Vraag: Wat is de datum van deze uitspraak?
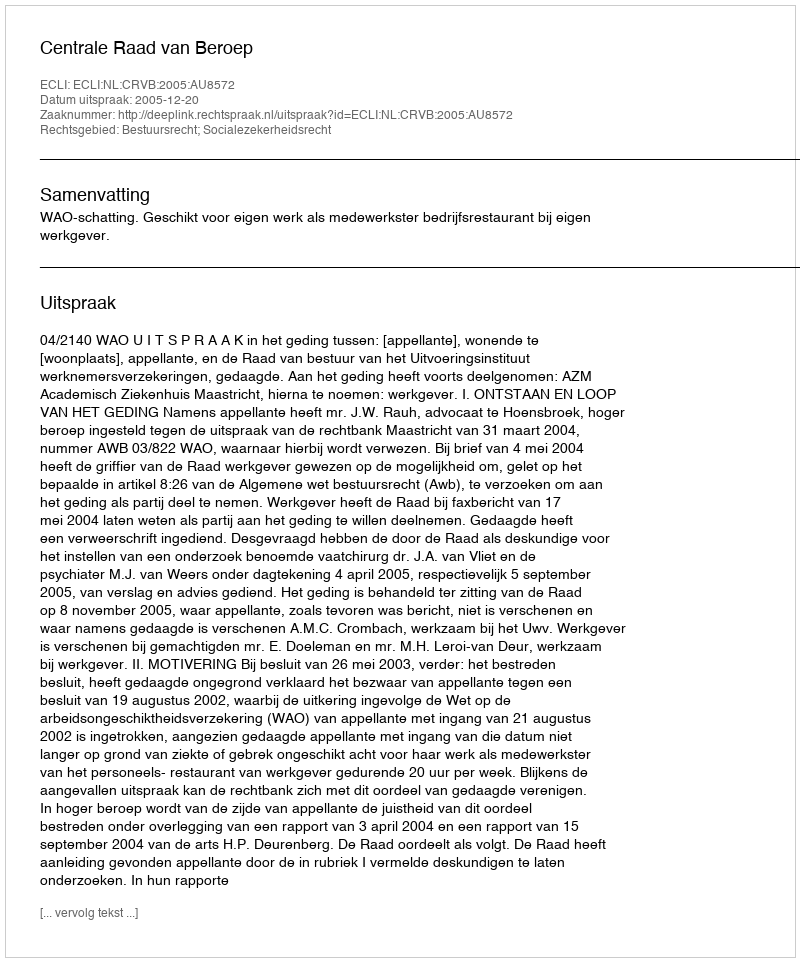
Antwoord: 2005-12-20